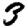
Digit: 3